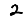
Digit: 2